Vana-Kasaritsa_(Kasaritsa)_vallavalitsus, lk 23
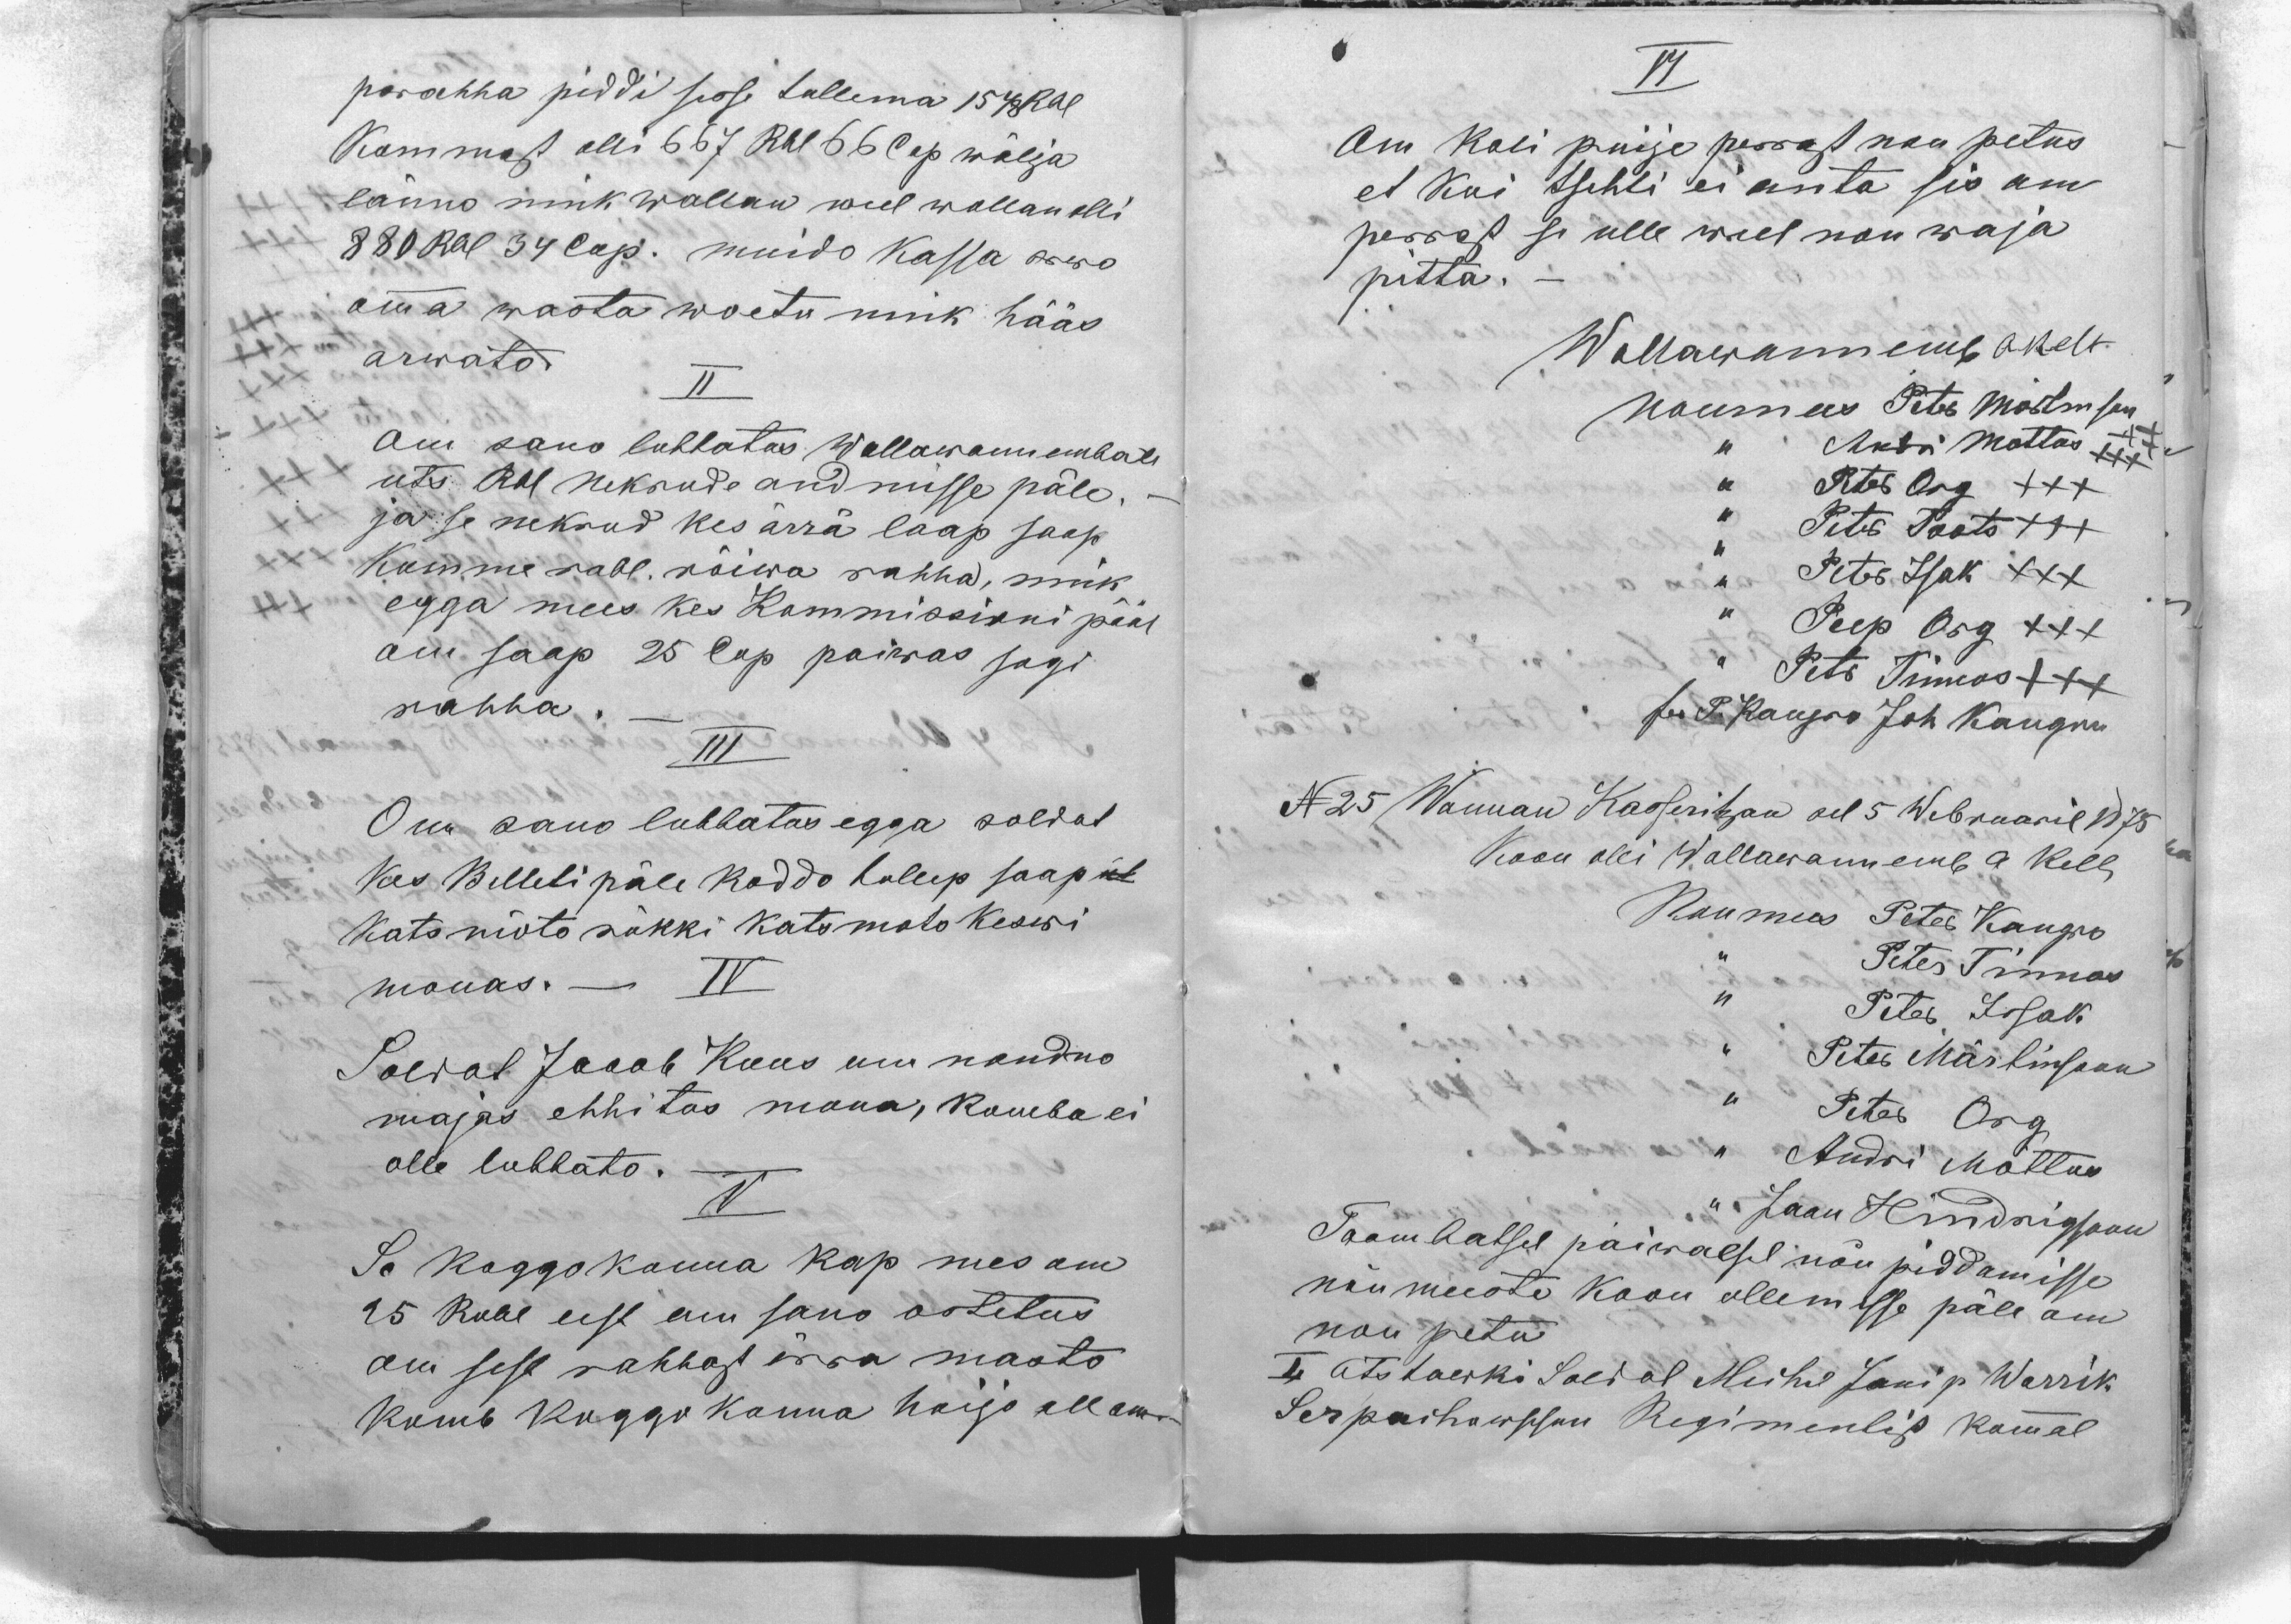
parahha piddi sesse tullema 1548 Rbl
Kommast olli 667 Rbl 66 Cop wälja
länno nink wallan weel wollan olli
880 Rbl 34 Cop. muido Kassa arwo
omma wasta woetu nink hääs.
arwato.
II
Om sano lubbotas Wallawannembale
uts Rbl Nekrude andmisse päle. -
ja se nekrud kes ärrä laap saap
kumme rubl. rõiwa rahha, nink
egga mees kes Kommissioni pääl
om saap 25 Cop paiwas sogi
rahha.-
III
Om sano lubbatas egga soldat
kes Billeti päle koddo tullep saap üt
kats mõto rükki kats moto keswi
monas. -
IV
Soldat Jacob Kuus om noudno
majas ehhitos mona, komba ei
olle lubbato.
V
Se koggokonna kap mes om
15 Rubl eest om sano ostetus
om sest rahhast ärra masto
komb koggokonna hoijo all om-

VI
Om koli puije perrast nou petus
et kui tsehti ei anta sis om
perrast se ulle weel nou waja
pitta.
Wallawannemb A. Kelt
Noumees Peter Märtinson
,, Andri Mottus XXX
,, Peter Org XXX
,, Peter Toots XXX
,, Peter Isak XXX
,, Peep Org XXX
,, Petr Tinnos XXX
f. P. Kangro Joh. Kangru
N 25 Wannan Kasseritzan sel 5 Webruaril 1875
Koon olli Wallawannemb A Kelt
Noumees Peter Kangro
,, Peter Tinnos
,, Peter Issak
,, Peter Märtinsoon
,, Peter Org
,, Andri Mõttus
,, Jaan Hindrigsoon"
Taambatsel päiwalsel nõu piddamisse
nõu meeste koon ollemisse päle om
nou petu
I Otstawki Soldat Michel Jani p Warrik
Serpaihowschen Regimentist kommal